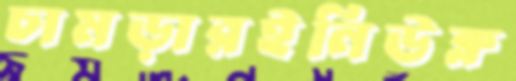
চামড়ারইনিউক্ল